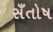
સઁતોષ